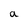
Character: a